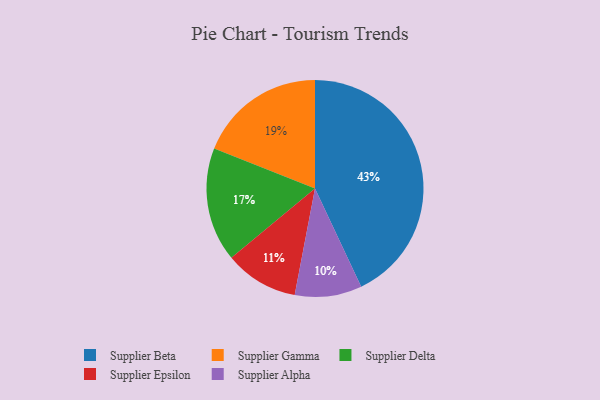
{"axis": {"x": "Category", "y": "Percentage"}, "legend": ["Supplier Alpha", "Supplier Beta", "Supplier Delta", "Supplier Epsilon", "Supplier Gamma"], "data": [{"x": "Supplier Delta", "y": 17, "type": "Supplier Delta"}, {"x": "Supplier Alpha", "y": 10, "type": "Supplier Alpha"}, {"x": "Supplier Beta", "y": 43, "type": "Supplier Beta"}, {"x": "Supplier Gamma", "y": 19, "type": "Supplier Gamma"}, {"x": "Supplier Epsilon", "y": 11, "type": "Supplier Epsilon"}]}